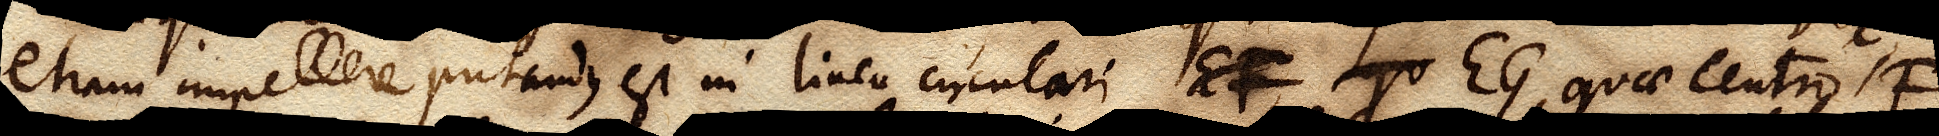
etiam impellere putandus est in linea circulari EG, quae centro F